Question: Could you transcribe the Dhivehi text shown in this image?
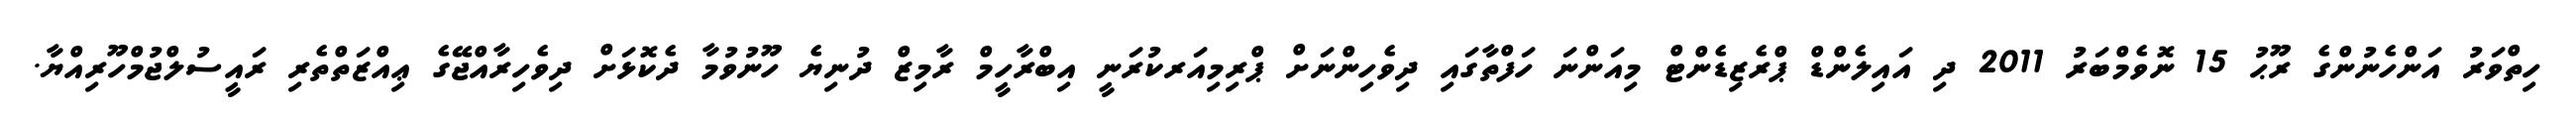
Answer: ހިތްވަރު އަންހެނުންގެ ރޫޙު 15 ނޮވެމްބަރު 2011 ދި އައިލެންޑް ޕްރެޒިޑެންޓް މިއަންނަ ހަފްތާގައި ދިވެހިންނަށް ޕްރިމިއަރކުރަނީ އިބްރާހީމް ރާމިޒް ދުނިޔެ ހޫނުވުމާ ދެކޮޅަށް ދިވެހިރާއްޖޭގެ ޢިއްޒަތްތެރި ރައީސުލްޖުމްހޫރިއްޔާ.